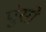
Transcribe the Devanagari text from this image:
पुंसो